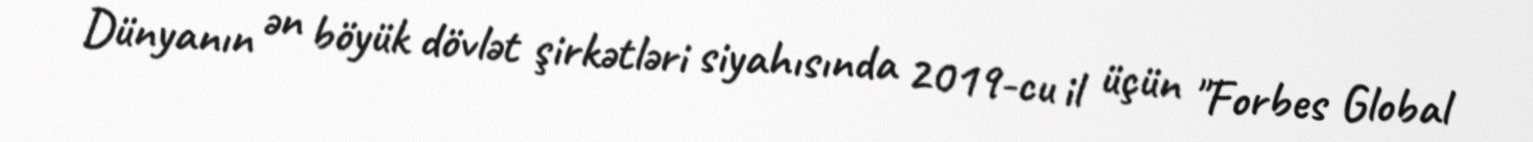
Dünyanın ən böyük dövlət şirkətləri siyahısında 2019-cu il üçün "Forbes Global